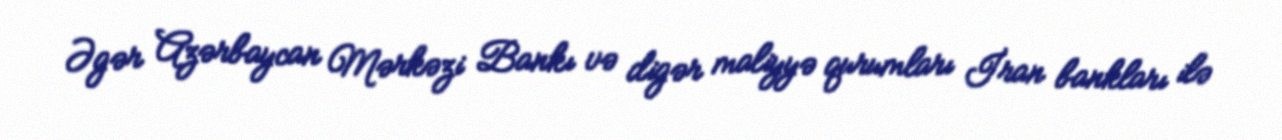
Əgər Azərbaycan Mərkəzi Bankı və digər maliyyə qurumları İran bankları ilə